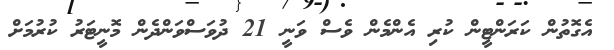
އެގޮތުން ކަރަންޓީން ކުރި އެންމެން ވެސް ވަނީ 21 ދުވަސްވަންދެން މޮނީޓަރު ކުރުމަށް